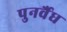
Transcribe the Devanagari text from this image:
पुनर्वैध